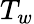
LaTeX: T_{w}